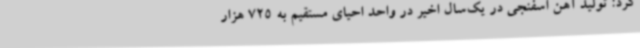
کرد: تولید آهن اسفنجی در یک‌سال اخیر در واحد احیای مستقیم به 725 هزار